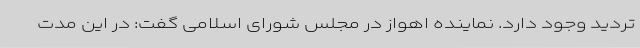
تردید وجود دارد. نماینده اهواز در مجلس شورای اسلامی گفت: در این مدت